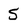
Character: 5